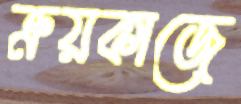
ক্রয়কাজে